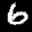
Label: 6